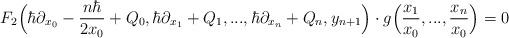
LaTeX: \begin{align*} F_2\Big(\hbar\partial_{x_0}-\frac{n\hbar}{2x_0}+Q_0,\hbar\partial_{x_1}+Q_1,...,\hbar\partial_{x_n}+Q_n,y_{n+1}\Big)\cdot g\Big(\frac{x_1}{x_0},...,\frac{x_n}{x_0}\Big)=0 \end{align*}